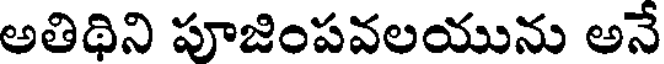
అతిథిని పూజింపవలయును అనే